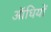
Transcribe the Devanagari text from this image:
ऑधियों